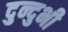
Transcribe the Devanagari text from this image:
दुन्दुभी